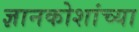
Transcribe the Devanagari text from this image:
ज्ञानकोशांच्या